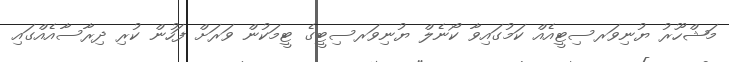
މަޝްހޫރު ޔުނިވަރސިޓީއެއް ކަމުގައިވާ ކޯނެލް ޔުނިވަރސިޓީގެ ޓީމަކުން ވަރަށް ފަހުން ކުރި ދިރާސާއެއްގައި